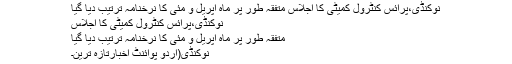
نوکنڈی،پرائس کنٹرول کمیٹی کا اجلاس متفقہ طور پر ماہ اپریل و مئی کا نرخنامہ ترتیب دیا گیا
نوکنڈی،پرائس کنٹرول کمیٹی کا اجلاس
متفقہ طور پر ماہ اپریل و مئی کا نرخنامہ ترتیب دیا گیا
نوکنڈی(اُردو پوائنٹ اخبارتازہ ترین۔